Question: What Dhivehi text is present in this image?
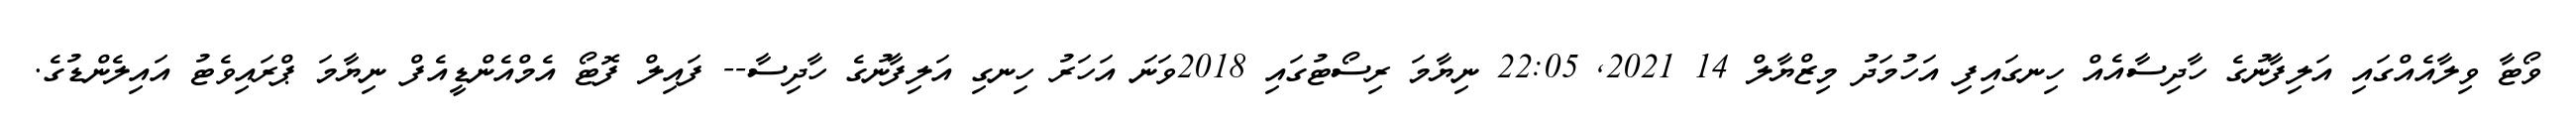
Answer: ވޯޓާ ވިލާއެއްގައި އަލިފާނުގެ ހާދިސާއެއް ހިނގައިފި އަހުމަދު މިޒްޔާލް 14 2021, 22:05 ނިޔާމަ ރިސޯޓުގައި 2018ވަނަ އަހަރު ހިނގި އަލިފާނުގެ ހާދިސާ-- ފައިލް ފޮޓޯ އެމްއެންޑީއެފް ނިޔާމަ ޕްރައިވެޓު އައިލެންޑުގެ.